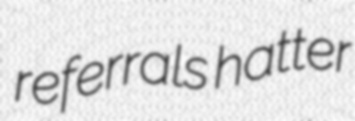
referrals hatter